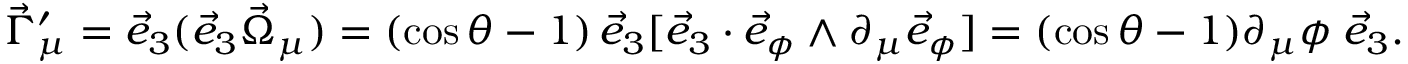
\vec { \Gamma } _ { \mu } ^ { \prime } = \vec { e } _ { 3 } ( \vec { e } _ { 3 } \vec { \Omega } _ { \mu } ) = ( \cos \theta - 1 ) \, \vec { e } _ { 3 } [ \vec { e } _ { 3 } \cdot \vec { e } _ { \phi } \wedge \partial _ { \mu } \vec { e } _ { \phi } ] = ( \cos \theta - 1 ) \partial _ { \mu } \phi \; \vec { e } _ { 3 } .